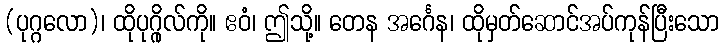
(ပုဂ္ဂလော)၊ ထိုပုဂ္ဂိုလ်ကို။ ဧဝံ၊ ဤသို့။ တေန အင်္ဂေန၊ ထိုမှတ်ဆောင်အပ်ကုန်ပြီးသော